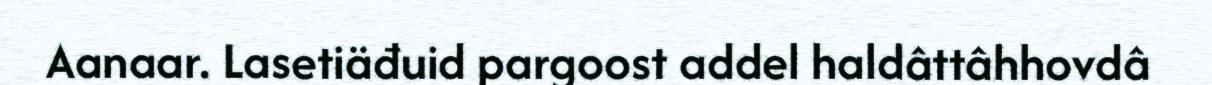
Aanaar. Lasetiäđuid pargoost addel haldâttâhhovdâ